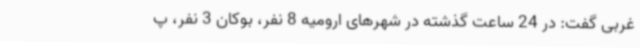
غربی گفت: در 24 ساعت گذشته در شهرهای ارومیه 8 نفر، بوکان 3 نفر، پ